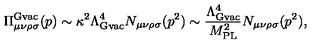
\Pi _ { \mu \nu \rho \sigma } ^ { \mathrm { \mathrm { G v a c } } } ( p ) \sim \kappa ^ { 2 } \Lambda _ { \mathrm { G v a c } } ^ { 4 } N _ { \mu \nu \rho \sigma } ( p ^ { 2 } ) \sim \frac { \Lambda _ { \mathrm { G v a c } } ^ { 4 } } { M _ { \mathrm { P L } } ^ { 2 } } N _ { \mu \nu \rho \sigma } ( p ^ { 2 } ) ,